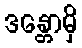
ဒန္တောမှိ